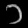
Digit: ၁